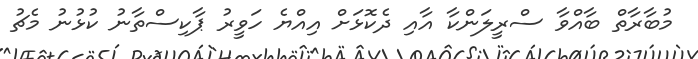
މުބާރާތް ބާއްވާ ސްރީލަންކާ އާއި ދެކޮޅަށް އިއްޔެ ހަވީރު ޕާކިސްތާނު ކުޅުނު މެޗު